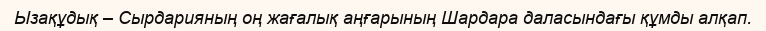
Ызақұдық – Сырдарияның оң жағалық аңғарының Шардара даласындағы құмды алқап.